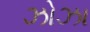
ઝોઝા